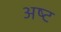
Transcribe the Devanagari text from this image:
अष्‍ट